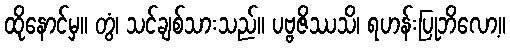
ထိုနောင်မှ။ တွံ၊ သင်ချစ်သားသည်။ ပဗ္ဗဇိဿသိ၊ ရဟန်းပြုဘိလော့။